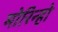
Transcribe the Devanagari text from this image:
मोरिन्हो